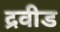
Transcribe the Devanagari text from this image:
द्रवीड